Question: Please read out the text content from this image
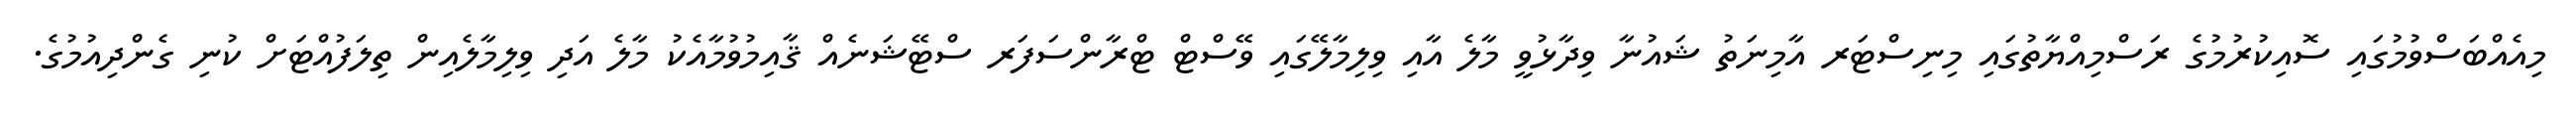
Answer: މިއެއްބަސްވުމުގައި ސޮއިކުރުމުގެ ރަސްމިއްޔާތުގައި މިނިސްޓަރ އާމިނަތު ޝައުނާ ވިދާޅުވީ މާލެ އާއި ވިލިމާލޭގައި ވޭސްޓް ޓްރާންސަފަރ ސްޓޭޝަނެއް ޤާއިމުވުމާއެކު މާލެ އަދި ވިލިމާލެއިން ތިލަފުއްޓަށް ކުނި ގެންދިއުމުގެ.